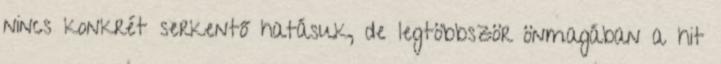
nincs konkrét serkentő hatásuk, de legtöbbször önmagában a hit